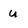
Character: u